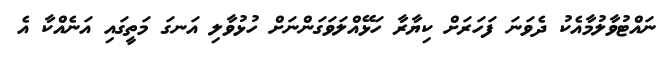
ނައްޓުވާލުމާއެކު ދެވަނަ ފަހަރަށް ކިޔާރާ ހަޅޭއްލަވަގަންނަށް ހުޅުވާލި އަނގަ މަތީގައި އަނެއްކާ އެ